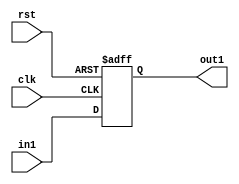
module register_1 (rst, clk, in1, out1);

 input clk, rst;

 input in1;

 output out1;

 reg out1;

 always @ (negedge rst or posedge clk) begin

    if(!rst)  out1 <= #1 0;

    else  out1 <= #1 in1;

 end

endmodule